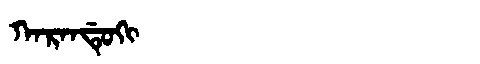
Manchu: ᡴᠠᡵᠠᠨᡩᡠᡴᡳ
Romanization: KARANDUKI